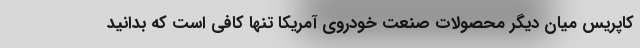
کاپریس میان دیگر محصولات صنعت خودروی آمریکا تنها کافی است که بدانید